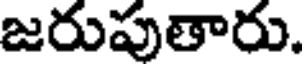
జరుపుతారు.